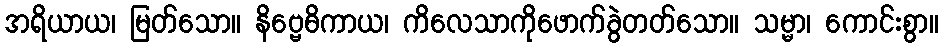
အရိယာယ၊ မြတ်သော။ နိဗ္ဗေဓိကာယ၊ ကိလေသာကိုဖောက်ခွဲတတ်သော။ သမ္မာ၊ ကောင်းစွာ။